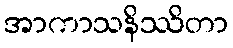
အာကာသနိဿိတာ